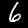
Label: 6